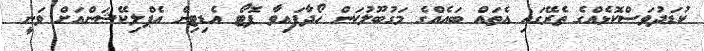
ކުޑަދުވަސްކޮޅެއްގެ ތެރޭގައި އެތައް ބައެއްގެ މަގުބޫލުކަން ހޯދާފައިވާ ފޮޓޯ އެޑިޓިން އެޕްލިކޭޝަންއަށް ވަނީ